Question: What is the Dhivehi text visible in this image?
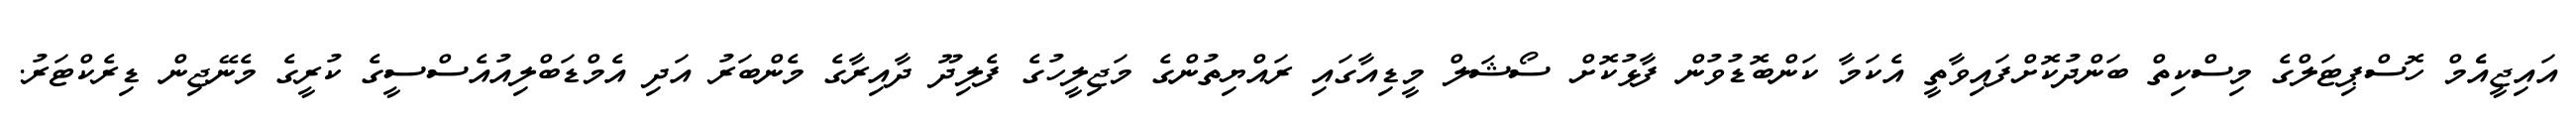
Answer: އައިޖީއެެމް ހޮސްޕިޓަލްގެ މިސްކިތް ބަންދުކޮށްފައިވާތީ އެކަމާ ކަންބޮޑުވުން ފާޅުކޮށް ސޯޝަލް މީޑިއާގައި ރައްޔިތުންގެ މަޖިލީހުގެ ފެލިދޫ ދާއިރާގެ މެންބަރު އަދި އެމްޑަބްލިއުއެސްސީގެ ކުރީގެ މެނޭޖިން ޑިރެކްޓަރު.